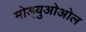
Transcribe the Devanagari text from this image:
मोड्युओओल